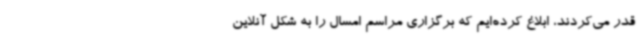
قدر می‌کردند، ابلاغ کرده‌ایم که برگزاری مراسم امسال را به شکل آنلاین